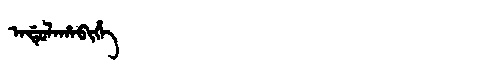
Manchu: ᠠᡩᡠᠯᠠᡥᠠᠪᡳᡥᡝ
Romanization: ADULAHABIHE